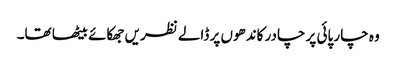
وہ چار پائی پر چادر کاندھوں پر ڈالے نظریں جھکائے بیٹھا تھا۔